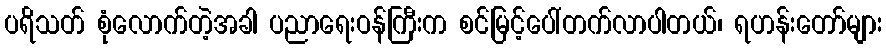
ပရိသတ် စုံလောက်တဲ့အခါ ပညာရေးဝန်ကြီးက စင်မြင့်ပေါ်တက်လာပါတယ်၊ ရဟန်းတော်များ